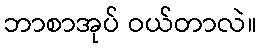
ဘာစာအုပ် ဝယ်တာလဲ။